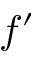
f ^ { \prime }